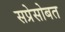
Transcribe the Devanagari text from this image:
सप्रेसोबत